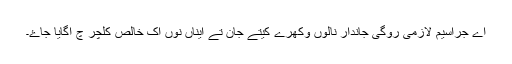
اے جراسیم لازمی روگی جاندار نالوں وکھرے کیتے جان تے ایناں نوں اک خالص کلچر چ اگایا جاۓ۔